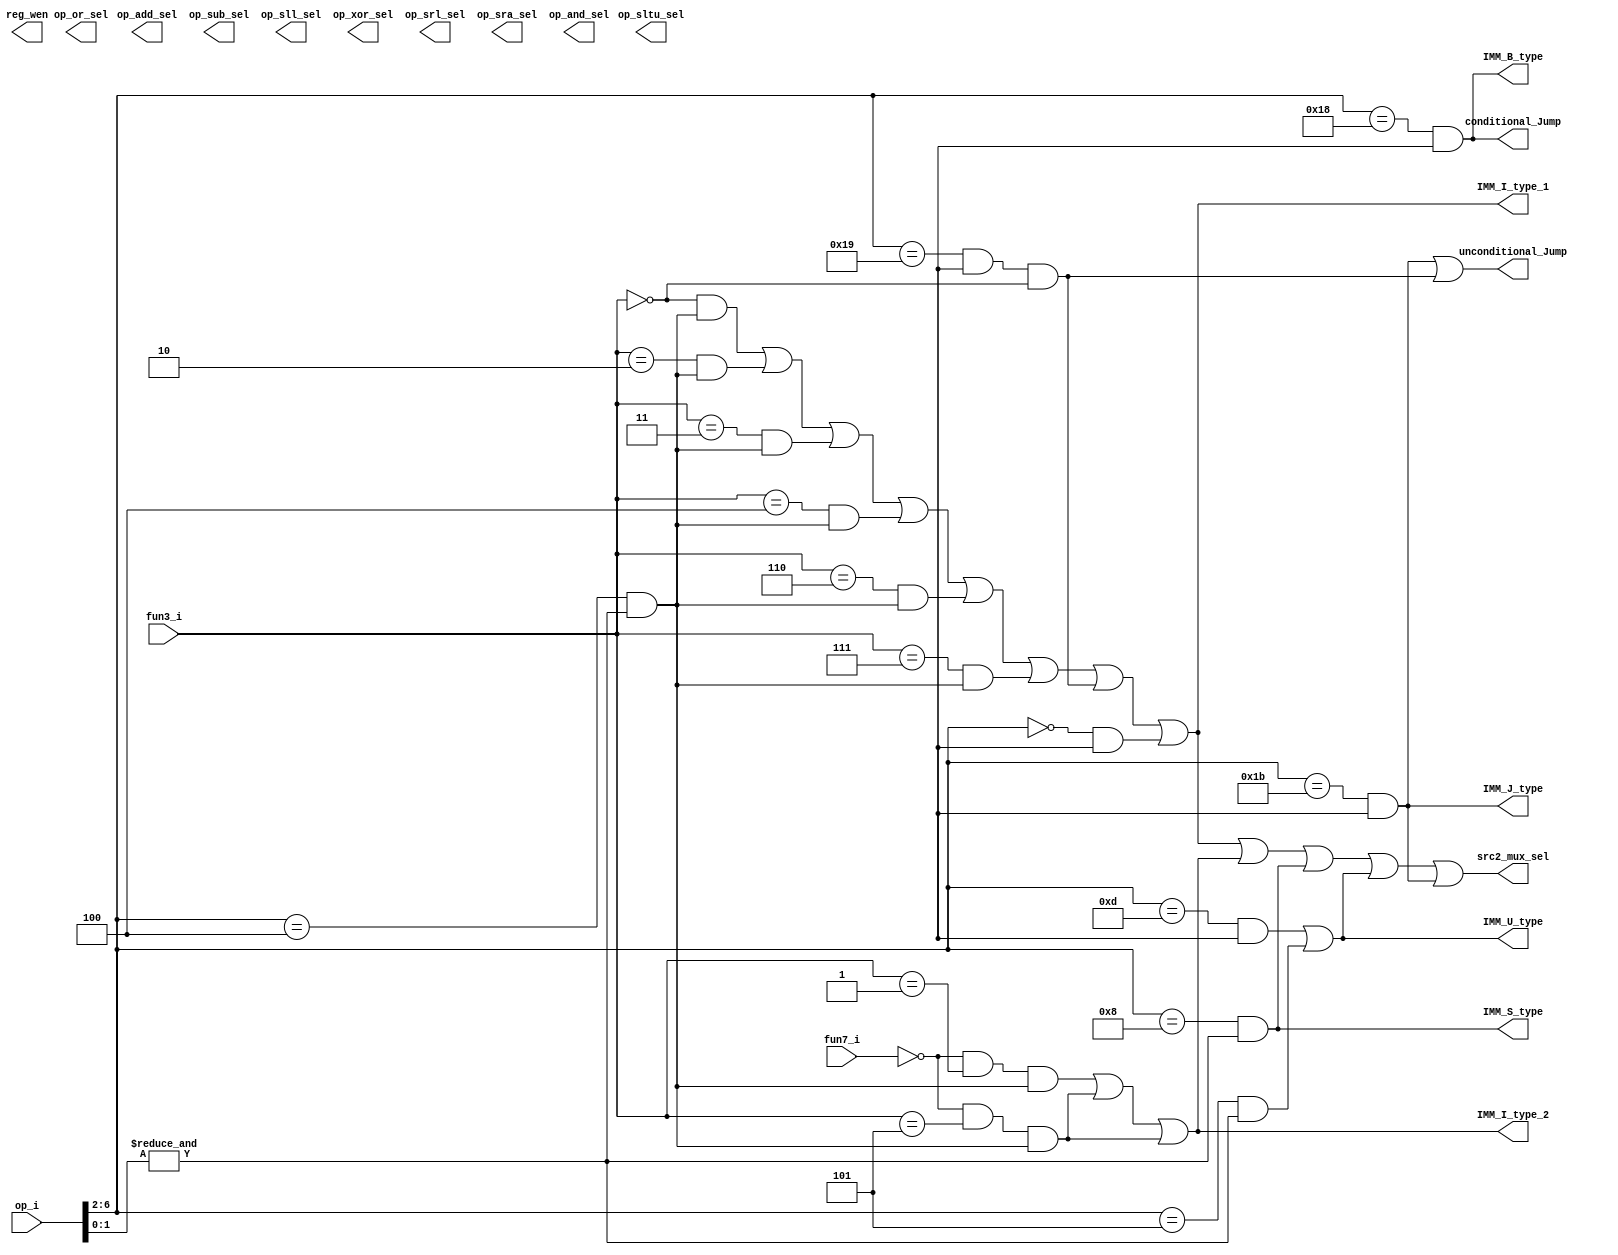
//==================================
//Editor: shiyong
//Note  : RISC-V OP decode
//        input instr lsb 6-bit
//
//==================================

//****************************************
// valid instuction op[1:0] must be 2'b11
// For RV-32I
//****************************************
// op[6:5]   op[4:2]     Instruction type
//  2'b00    3'b000         LOAD
//  2'b00    3'b011       MISC-MEM
//  2'b00    3'b100        OP-IMM 
//  2'b00    3'b101        AUIPC
//---
//  2'b01    3'b000        STORE
//  2'b01    3'b100         OP
//  2'b01    3'b101         LUI
//----
//  2'b11    3'b000       BRANCH
//  2'b11    3'b001        JALR
//  2'b11    3'b011         JAL
//  2'b11    3'b100       SYSTEM

module decoder (
    input [6:0] op_i    , //instrustion[6:0]
    input [2:0] fun3_i  , //instruction[14:12] , R_type , I_type , S_type , B_type
    input [6:0] fun7_i  , //instruction[31:25] 
    //for imm module singal
    output IMM_I_type_1,
    output IMM_I_type_2,
    output IMM_S_type  ,
    output IMM_B_type  ,
    output IMM_U_type  ,
    output IMM_J_type  ,
    //Jump signal 
    output unconditional_Jump,
    output conditional_Jump  ,
    //OP src2 mux sel
    output src2_mux_sel      ,
    //OP output sel          
    output  op_add_sel       ,
    output  op_sub_sel       ,
    output  op_sll_sel       ,
    output  op_sltu_sel      ,
    output  op_xor_sel       ,
    output  op_srl_sel       ,
    output  op_sra_sel       ,
    output  op_or_sel        ,
    output  op_and_sel       ,
    //register write back 
    output  [3:0]   reg_wen 
);

    wire op_valid;
    //
    wire LOAD_instr;
    wire MISC_MEM_instr;
    wire OP_IMM_instr;
    wire AUIPC_instr;
    //
    wire STORE_instr;
    wire OP_instr;
    wire LUI_instr;
    //
    wire BRANCH_instr;
    wire JALR_instr;
    wire JAL_instr;
    wire SYSTEM_instr;

    assign op_vaild = (&op_i[1:0]); //op_i[1:0] == 2'b11

    assign LOAD_instr     = ( op_i[6:2] == 5'b00000) & op_valid;
    assign MISC_MEM_instr = ( op_i[6:2] == 5'b00011) & op_valid;
    assign OP_IMM_instr   = ( op_i[6:2] == 5'b00100) & op_vaild;
    assign AUIPC_instr    = ( op_i[6:2] == 5'b00101) & op_vaild;
    assign STORE_instr    = ( op_i[6:2] == 5'b01000) & op_vaild;
    assign OP_instr       = ( op_i[6:2] == 5'b01100) & op_valid;
    assign LUI_instr      = ( op_i[6:2] == 5'b01101) & op_valid;
    assign BRANCH_instr   = ( op_i[6:2] == 5'b11000) & op_valid;
    assign JALR_instr     = ( op_i[6:2] == 5'b11001) & op_valid & (fun3_i == 3'd0);
    assign JAL_instr      = ( op_i[6:2] == 5'b11011) & op_valid;
    assign SYSTEM_instr   = ( op_i[6:2] == 5'b11100) & op_valid;

    //OP_instr 
    wire OP_ADD  = (fun7_i == 7'h00) & (fun3_i == 3'd0) & OP_instr ;
    wire OP_SUB  = (fun7_i == 7'h20) & (fun3_i == 3'd0) & OP_instr ;
    wire OP_SLL  = (fun7_i == 7'h00) & (fun3_i == 3'd1) & OP_instr ;
    wire OP_SLT  = (fun7_i == 7'h00) & (fun3_i == 3'd2) & OP_instr ;
    wire OP_SLTU = (fun7_i == 7'h00) & (fun3_i == 3'd3) & OP_instr ;
    wire OP_XOR  = (fun7_i == 7'h00) & (fun3_i == 3'd4) & OP_instr ;
    wire OP_SRL  = (fun7_i == 7'h00) & (fun3_i == 3'd5) & OP_instr ;
    wire OP_SRA  = (fun7_i == 7'h20) & (fun3_i == 3'd5) & OP_instr ;
    wire OP_OR   = (fun7_i == 7'h00) & (fun3_i == 3'd6) & OP_instr ;
    wire OP_AND  = (fun7_i == 7'h00) & (fun3_i == 3'd7) & OP_instr ;

    //OP_IMM_instr
    wire OP_IMM_ADD   =                    (fun3_i == 3'd0) & OP_IMM_instr ;
    wire OP_IMM_SLL   = (fun7_i == 7'h0) & (fun3_i == 3'd1) & OP_IMM_instr ;
    wire OP_IMM_SLTI  =                    (fun3_i == 3'd2) & OP_IMM_instr ;
    wire OP_IMM_SLTIU =                    (fun3_i == 3'd3) & OP_IMM_instr ;
    wire OP_IMM_XORI  =                    (fun3_i == 3'd4) & OP_IMM_instr ;
    wire OP_IMM_SRLI  = (fun7_i == 7'h0) & (fun3_i == 3'd5) & OP_IMM_instr ;
    wire OP_IMM_SRAI  = (fun7_i == 7'h0) & (fun3_i == 3'd5) & OP_IMM_instr ;
    wire OP_IMM_ORI   =                    (fun3_i == 3'd6) & OP_IMM_instr ;
    wire OP_IMM_ANDI  =                    (fun3_i == 3'd7) & OP_IMM_instr ;

    //BRANCH_instr
    wire Branch_BEQ   = (fun3_i == 3'd0) & BRANCH_instr ;
    wire Branch_BNE   = (fun3_i == 3'd1) & BRANCH_instr ;
    wire Branch_BLT   = (fun3_i == 3'd4) & BRANCH_instr ;
    wire Branch_BGE   = (fun3_i == 3'd5) & BRANCH_instr ;
    wire Branch_BLTU  = (fun3_i == 3'd6) & BRANCH_instr ;
    wire Branch_BGEU  = (fun3_i == 3'd7) & BRANCH_instr ;

    //LOAD_instr
    wire LOAD_LB      = (fun3_i == 3'd0) & LOAD_instr ;
    wire LOAD_LH      = (fun3_i == 3'd1) & LOAD_instr ;
    wire LOAD_LW      = (fun3_i == 3'd2) & LOAD_instr ;
    wire LOAD_LBU     = (fun3_i == 3'd4) & LOAD_instr ;
    wire LOAD_LHU     = (fun3_i == 3'd5) & LOAD_instr ;
    
    //STORE_instr
    wire STORE_SB     = (fun3_i == 3'd0) & STORE_instr ;
    wire STORE_SH     = (fun3_i == 3'd1) & STORE_instr ;
    wire STORE_SW     = (fun3_i == 3'd2) & STORE_instr ;

    //-------------------------------------------------------------------

    //output to module IMM
    assign IMM_I_type_1 = OP_IMM_ADD | OP_IMM_SLTI | OP_IMM_SLTIU | OP_IMM_XORI | OP_IMM_ORI | OP_IMM_ANDI | JALR_instr | LOAD_instr;
    assign IMM_I_type_2 = OP_IMM_SLL | OP_IMM_SRLI | OP_IMM_SRAI  ;
    assign IMM_S_type   = STORE_instr  ;
    assign IMM_B_type   = BRANCH_instr ;
    assign IMM_U_type   = LUI_instr | AUIPC_instr ;
    assign IMM_J_type   = JAL_instr ;

    //output JUMP signal
    assign unconditional_Jump = JAL_instr | JALR_instr;
    assign conditional_Jump   = BRANCH_instr ;
    
    //output op src2 mux
    //1'b0 : data from register
    //1'b1 : data from IMM
    assign src2_mux_sel =  IMM_I_type_1 | IMM_I_type_2 | IMM_S_type | IMM_U_type | IMM_J_type ;
endmodule